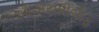
ઓએસપીએફ